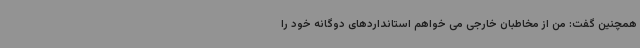
همچنین گفت: من از مخاطبان خارجی می خواهم استانداردهای دوگانه خود را